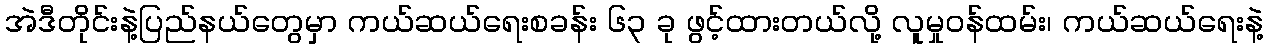
အဲဒီတိုင်းနဲ့ပြည်နယ်တွေမှာ ကယ်ဆယ်ရေးစခန်း ၆၃ ခု ဖွင့်ထားတယ်လို့ လူမှုဝန်ထမ်း၊ ကယ်ဆယ်ရေးနဲ့